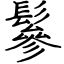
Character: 鬖